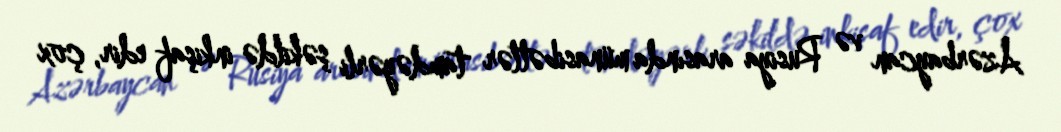
Azərbaycan və Rusiya arasında münasibətlər tamdəyərli şəkildə inkişaf edir, çox